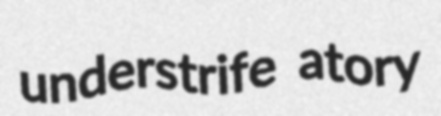
understrife atory